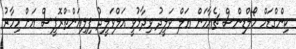
ކިންގްޑަމް ހޯލްޑިންސް ޗެއާމަން އަލް ވަލީދު ވިދާޅުވީ އަލްވަލީދު ފިލިއަންތްރޮޕީސް އަށް މިހާރު